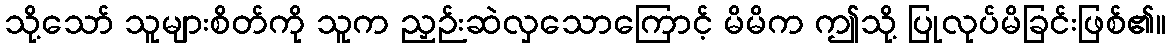
သို့သော် သူများစိတ်ကို သူက ညှဉ်းဆဲလှသောကြောင့် မိမိက ဤသို့ ပြုလုပ်မိခြင်းဖြစ်၏။